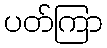
ပတ်ကြာ